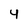
Character: 4